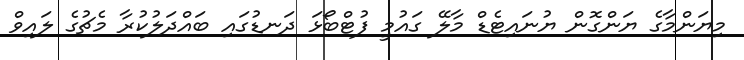
މިޔަންމާގެ ޔަންގޮން ޔުނައިޓެޑް މާލޭ ގައުމީ ފުޓްބޯޅަ ދަނޑުގައި ބައްދަލުކުރާ މެޗުގެ ލައިވް